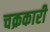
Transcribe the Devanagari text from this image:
चक्रकारी